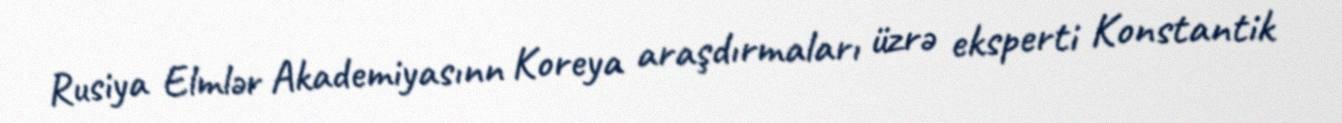
Rusiya Elmlər Akademiyasınn Koreya araşdırmaları üzrə eksperti Konstantik